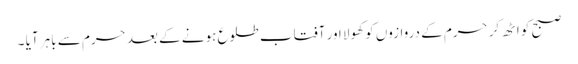
صبح کو اٹھ کر حرم کے دروازوں کو کھولا اور آفتاب طلوع ہونے کے بعد حرم سے باہر آیا ۔